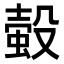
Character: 𧎅